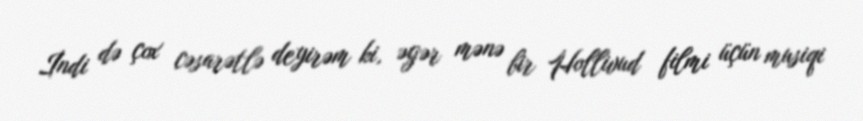
İndi də çox cəsarətlə deyirəm ki, əgər mənə bir Hollivud filmi üçün musiqi